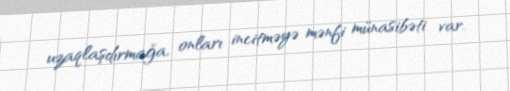
uzaqlaşdırmağa, onları incitməyə mənfi münasibəti var.